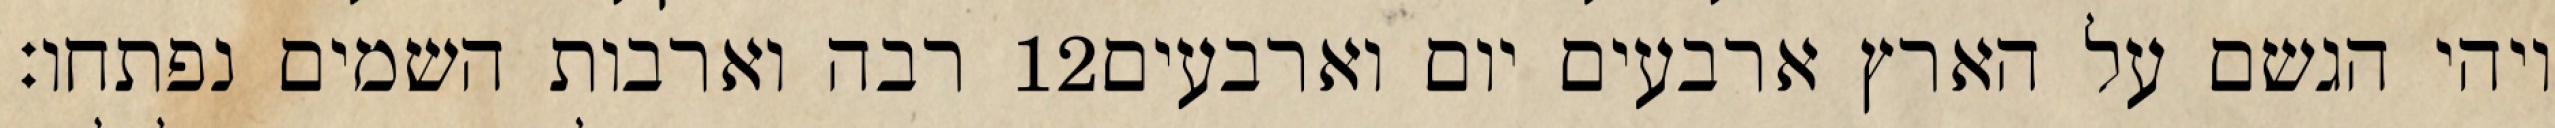
רבה וארבות השמים נפתחו׃ ‎12‏ ויהי הגשם על הארץ ארבעים יום וארבעים